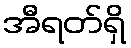
အီရတ်ရှိ